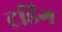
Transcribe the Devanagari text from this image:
ट्रडिग